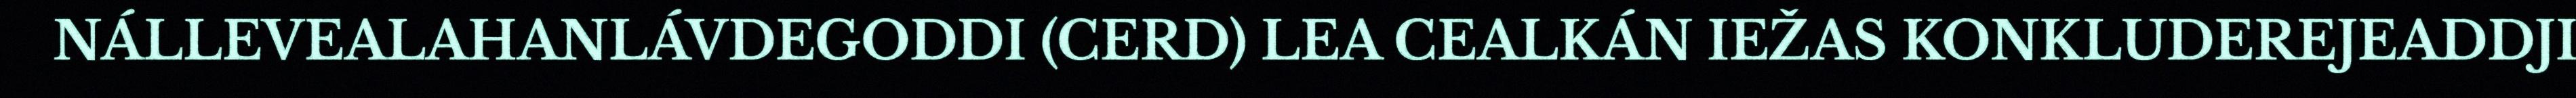
NÁLLEVEALAHANLÁVDEGODDI (CERD) LEA CEALKÁN IEŽAS KONKLUDEREJEADDJI